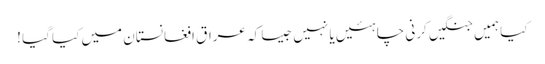
کیا ہمیں جنگیں کرنی چاہئیں یا نہیں جیسا کہ عراق افغانستان میں کیا گیا !